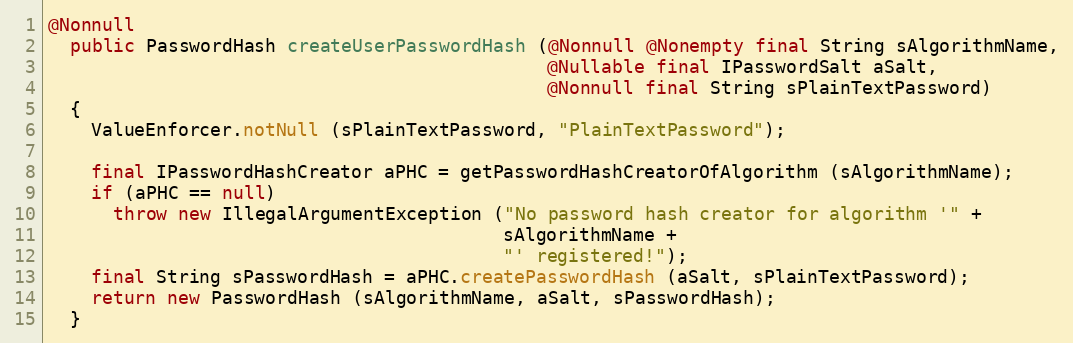
Language: Java
@Nonnull
  public PasswordHash createUserPasswordHash (@Nonnull @Nonempty final String sAlgorithmName,
                                              @Nullable final IPasswordSalt aSalt,
                                              @Nonnull final String sPlainTextPassword)
  {
    ValueEnforcer.notNull (sPlainTextPassword, "PlainTextPassword");

    final IPasswordHashCreator aPHC = getPasswordHashCreatorOfAlgorithm (sAlgorithmName);
    if (aPHC == null)
      throw new IllegalArgumentException ("No password hash creator for algorithm '" +
                                          sAlgorithmName +
                                          "' registered!");
    final String sPasswordHash = aPHC.createPasswordHash (aSalt, sPlainTextPassword);
    return new PasswordHash (sAlgorithmName, aSalt, sPasswordHash);
  }